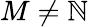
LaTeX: M\ne\mathbb{N}